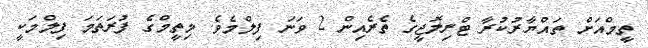
ތީމްއަށް ތައްޔާރުކުރާ ޓްރިލޮޖީގެ ތެރެއިން 2 ވަނަ ފިލްމެވެ. މިތީމްގެ ފުރަތަމަ ފިލްމަކީ